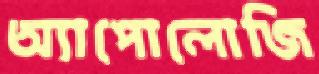
অ্যাপোলোজি